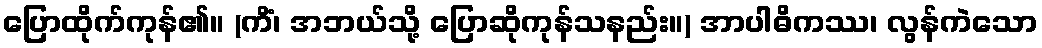
ပြောထိုက်ကုန်၏။ (ကိံ၊ အဘယ်သို့ ပြောဆိုကုန်သနည်း။) အာပါဓိကဿ၊ လွန်ကဲသော